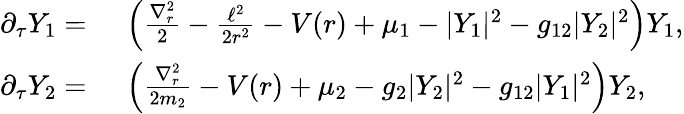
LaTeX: \begin{array}{rl}{\partial_{\tau}Y_{1}=}&{{}\ \left(\frac{\nabla_{r}^{2}}{2}-\frac{\ell^{2}}{2r^{2}}-V(r)+\mu_{1}-|Y_{1}|^{2}-g_{12}|Y_{2}|^{2}\right)Y_{1},}\\ {\partial_{\tau}Y_{2}=}&{{}\ \left(\frac{\nabla_{r}^{2}}{2m_{2}}-V(r)+\mu_{2}-g_{2}|Y_{2}|^{2}-g_{12}|Y_{1}|^{2}\right)Y_{2},}\end{array}